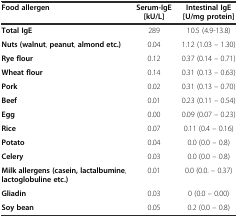
<table><thead><tr><td><b>Food allergen</b></td><td><b>Serum-IgE [kU/L]</b></td><td><b>Intestinal IgE [U/mg protein]</b></td></tr></thead><tbody><tr><td><b>Total IgE</b></td><td>289</td><td>10.5 (4.9-13.8)</td></tr><tr><td><b>Nuts</b><b>(walnut</b>, <b>peanut</b>, <b>almond etc.)</b></td><td>0.04</td><td>1.12 (1.03 – 1.30)</td></tr><tr><td><b>Rye flour</b></td><td>0.12</td><td>0.37 (0.14 – 0.71)</td></tr><tr><td><b>Wheat flour</b></td><td>0.14</td><td>0.31 (0.13 – 0.63)</td></tr><tr><td><b>Pork</b></td><td>0.02</td><td>0.31 (0.13 – 0.70)</td></tr><tr><td><b>Beef</b></td><td>0.01</td><td>0.23 (0.11 – 0.54)</td></tr><tr><td><b>Egg</b></td><td>0.00</td><td>0.09 (0.07 – 0.23)</td></tr><tr><td><b>Rice</b></td><td>0.07</td><td>0.11 (0.4 – 0.16)</td></tr><tr><td><b>Potato</b></td><td>0.04</td><td>0.0 (0.0 – 0.8)</td></tr><tr><td><b>Celery</b></td><td>0.03</td><td>0.0 (0.0 – 0.8)</td></tr><tr><td><b>Milk allergens (casein, lactalbumine, lactoglobuline etc.)</b></td><td>0.01</td><td>0.0 (0.0. – 0.37)</td></tr><tr><td><b>Gliadin</b></td><td>0.03</td><td>0 (0.0 – 0.00)</td></tr><tr><td><b>Soy bean</b></td><td>0.05</td><td>0.2 (0.0 – 0.8)</td></tr></tbody></table>